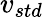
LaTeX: v_{std}